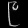
Digit: ၉